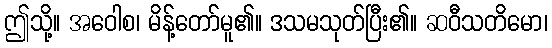
ဤသို့။ အဝေါစ၊ မိန့်တော်မူ၏။ ဒသမသုတ်ပြီး၏။ ဆဝီသတိမော၊